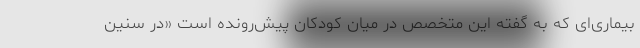
بیماری‌ای که به گفته این متخصص در میان کودکان پیش‌رونده است «در سنین